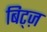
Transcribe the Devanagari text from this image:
बिट्ज़